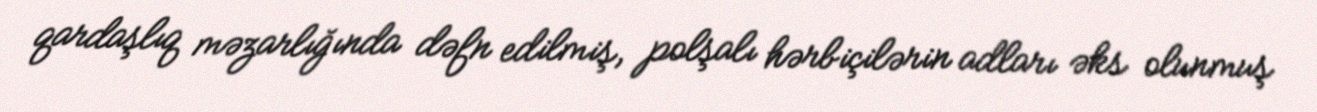
qardaşlıq məzarlığında dəfn edilmiş, polşalı hərbiçilərin adları əks olunmuş